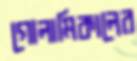
গোলামিকালের